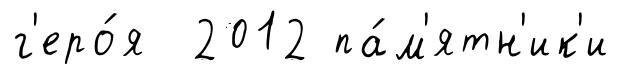
г'еро́я 2012 па́м'ятн'ик'и